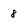
Character: 8